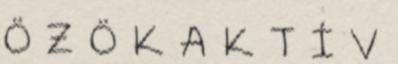
Ö Z Ö K A K T Í V